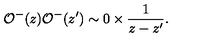
{ \cal O } ^ { - } ( z ) { \cal O } ^ { - } ( z ^ { \prime } ) \sim 0 \times \frac { 1 } { z - z ^ { \prime } } .